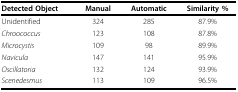
| Detected Object | Manual | Automatic | Similarity % |
 | --- | --- | --- | --- |
 | Unidentified | 324 | 285 | 87.9% |
 | Chroococcus | 123 | 108 | 87.8% |
 | Microcystis | 109 | 98 | 89.9% |
 | Navicula | 147 | 141 | 95.9% |
 | Oscillatoria | 132 | 124 | 93.9% |
 | Scenedesmus | 113 | 109 | 96.5% |